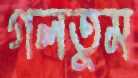
গলতুম